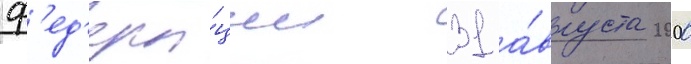
ф'ед'ера́ции 31 а́вгуста 2000